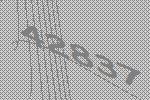
42837